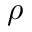
\rho